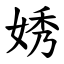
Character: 㛢